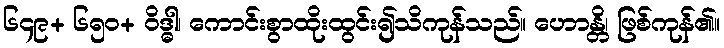
၆၄၉+ ၆၅၀+ ဝိဒ္ဓါ၊ ကောင်းစွာထိုးထွင်း၍သိကုန်သည်။ ဟောန္တိ၊ ဖြစ်ကုန်၏။